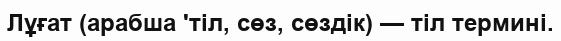
Лұғат (арабша 'тіл, сөз, сөздік) — тіл термині.